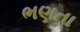
ભણતા